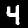
Label: 4